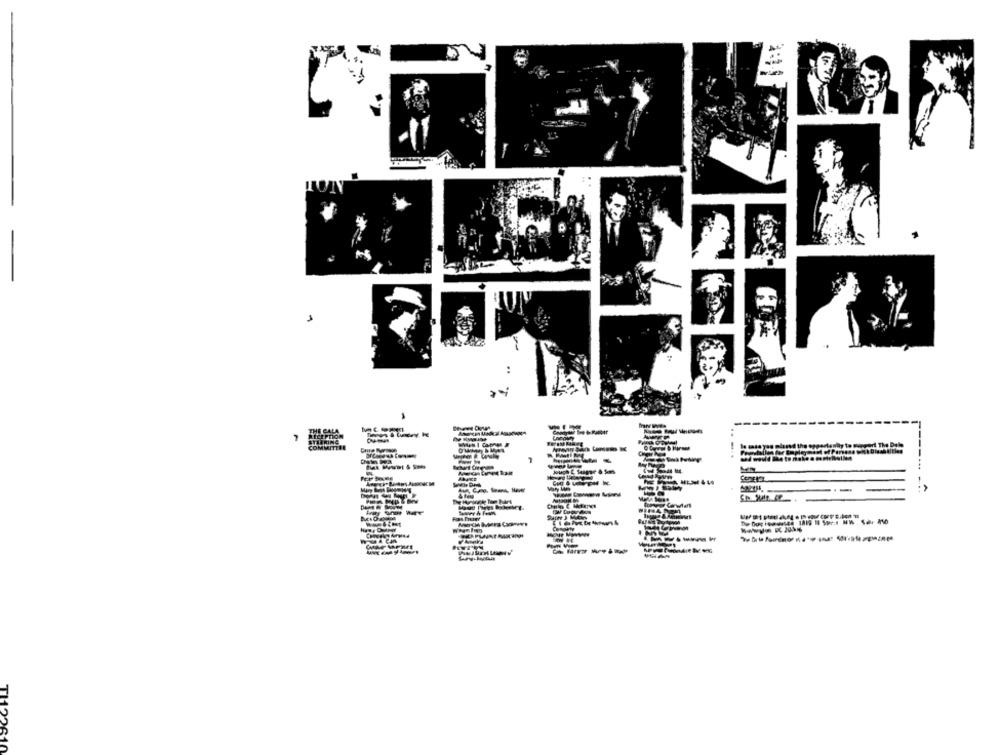
TH2